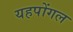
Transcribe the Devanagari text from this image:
यहपोंगल